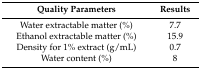
<table><thead><tr><td><b>Quality Parameters</b></td><td><b>Results</b></td></tr></thead><tbody><tr><td>Water extractable matter (%)</td><td>7.7</td></tr><tr><td>Ethanol extractable matter (%)</td><td>15.9</td></tr><tr><td>Density for 1% extract (g/mL)</td><td>0.7</td></tr><tr><td>Water content (%)</td><td>8</td></tr></tbody></table>